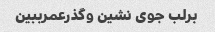
برلب جوی نشین وگذرعمرببین